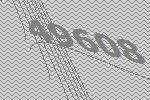
49608